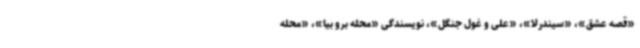
«قصه عشق»، «سیندرلا»، «علی و غول جنگل»، نویسندگی «محله برو بیا»، «محله